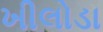
ખીલોડા